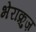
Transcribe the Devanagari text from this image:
भेराक्रुज़